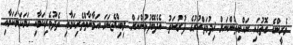
ވެރީންގެ ގޮތުގައި ރައްޔިތުންނަށް ޚިދުމަތްކުރުގެ ފުރުސަތު އެދެބޭފުޅުންނަށް ލިބިއްޖެނަމަ އަމާނާތްތެރިކަމާއި ތެދުވެރިކަމާއި ހަމަހަމަކަމާއި